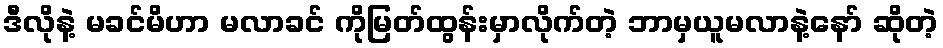
ဒီလိုနဲ့ မခင်မိဟာ မလာခင် ကိုမြတ်ထွန်းမှာလိုက်တဲ့ ဘာမှယူမလာနဲ့နော် ဆိုတဲ့